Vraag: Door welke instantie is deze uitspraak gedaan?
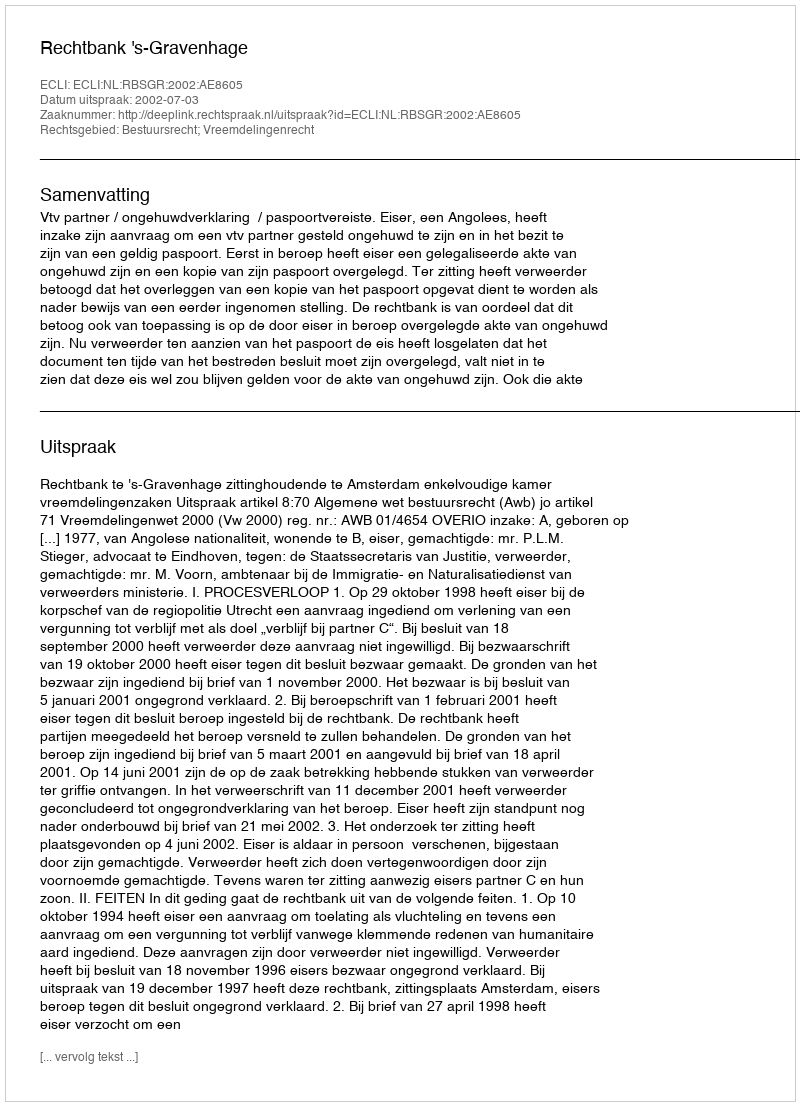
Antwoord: Rechtbank 's-Gravenhage